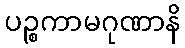
ပဉ္စကာမဂုဏာနိ